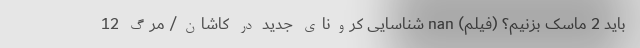
باید 2 ماسک بزنیم؟ (فیلم) nan شناسایی کرونای جدید در کاشان/ مرگ 12